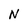
Character: N